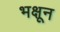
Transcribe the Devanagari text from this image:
भक्षून